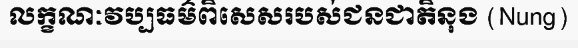
លក្ខណៈវប្បធម៌ពិសេសរបស់ជនជាតិនុង (Nung)